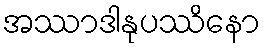
အဿာဒါနုပဿိနော